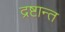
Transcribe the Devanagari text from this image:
द्रष्टान्त